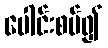
ပေါင်းစပ်၍